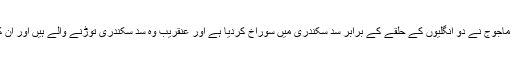
اور احادیث میں تو بہت زیادہ تفصیل آئی ہے کہ یاجوج ماجوج نے دو انگلیوں کے حلقے کے برابر سدّ سکندری میں سوراخ کردیا ہے اور عنقریب وہ سد سکندری توڑنے والے ہیں اور ان کی پہلی فوجیں بحیرۂ طبریہ کا سارا پانی پی جائیں گی۔